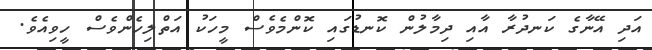
އަދި އޭނާގެ ކަނދުރާ އާއި ދިމާލުން ކޮނޑުގައި ކޮންމެވެސް މީހަކު އަތްލިހެންވެސް ހީވިއެވެ.